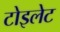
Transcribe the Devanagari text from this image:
टोइलेट